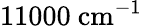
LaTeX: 11000~\mathrm{{cm}^{-1}}